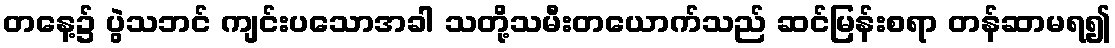
တနေ့၌ ပွဲသဘင် ကျင်းပသောအခါ သတို့သမီးတယောက်သည် ဆင်မြန်းစရာ တန်ဆာမရ၍